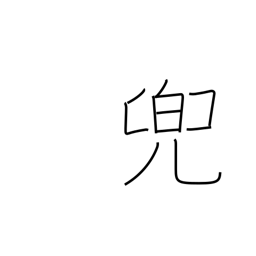
Meaning: helmet